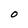
Character: O